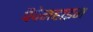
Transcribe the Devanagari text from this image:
पैपेनहाइम